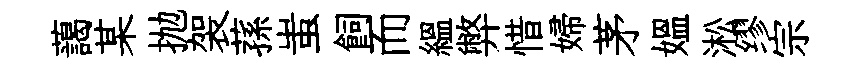
藹某抛袈蓀蚩飼而緼弊惜婦茅媪淞缪宗